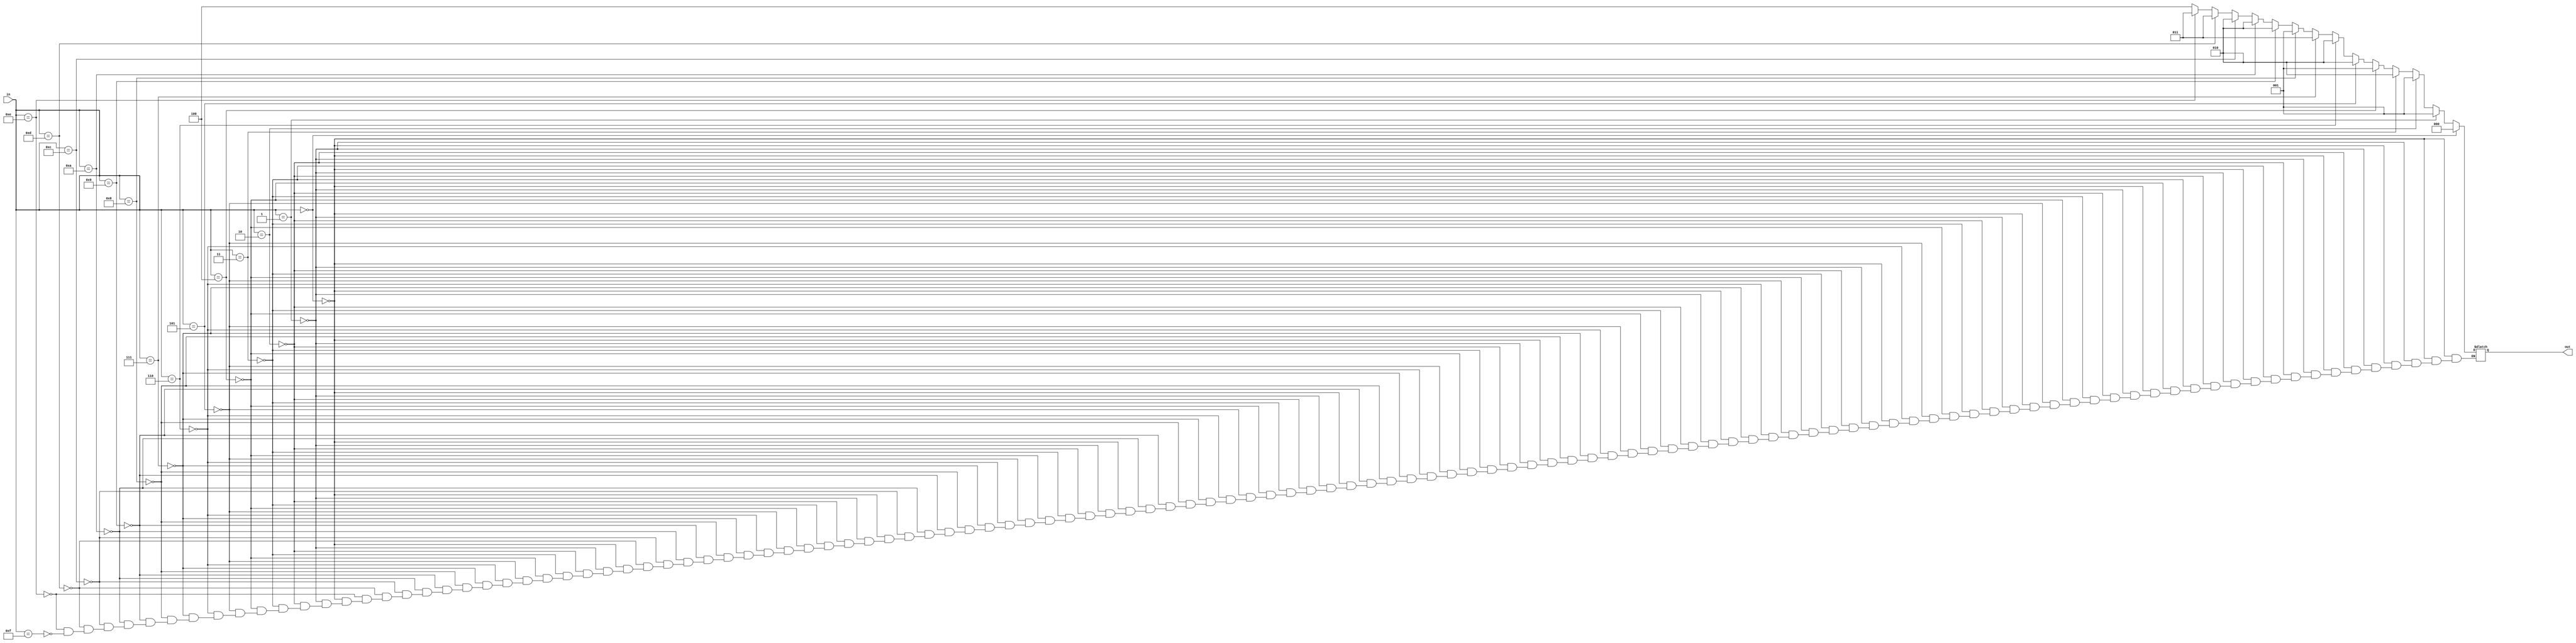
module lut1 (in, out);

input [3:0] in;

output reg [2:0] out;

always @(*)
begin
	if(in == 4'b0000)
		out = 3'b000;

	else if(in == 4'b0001)
		out = 3'b001;

	else if(in == 4'b0010)
		out = 3'b001;

	else if(in == 4'b0011)
		out = 3'b010;

	else if(in == 4'b0100)
		out = 3'b001;

	else if(in == 4'b0101)
		out = 3'b010;

	else if(in == 4'b0110)
		out = 3'b010;

	else if(in == 4'b0111)
		out = 3'b011;

	else if(in == 4'b1000)
		out = 3'b001;

	else if(in == 4'b1001)
		out = 3'b010;

	else if(in == 4'b1010)
		out = 3'b010;

	else if(in == 4'b1100)
		out = 3'b010;
	
	else if(in == 4'b1101)
		out = 3'b011;

	else if(in == 4'b1110)
		out = 3'b011;

	else if(in == 4'b1111)
		out = 3'b100;

end

endmodule